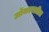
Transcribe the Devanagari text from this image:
ओंकारातील